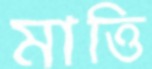
মাত্তি